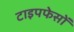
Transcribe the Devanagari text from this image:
टाइपफेसों